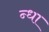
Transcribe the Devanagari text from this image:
न्धा